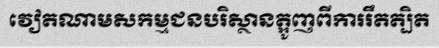
វៀតណាមសកម្មជនបរិស្ថានត្អូញពីការរឹតត្បិត